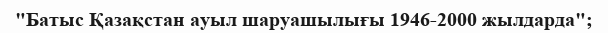
"Батыс Қазақстан ауыл шаруашылығы 1946-2000 жылдарда";